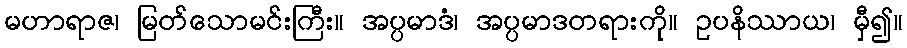
မဟာရာဇ၊ မြတ်သောမင်းကြီး။ အပ္ပမာဒံ၊ အပ္ပမာဒတရားကို။ ဥပနိဿာယ၊ မှီ၍။